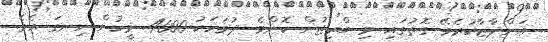
އަންދާޒާކުރެވޭ ގޮތުގައި މި ބްރިޖުން ކޮންމެ ދުވަހަކު 4000 މީހުން ހިނގަ އެވެ.